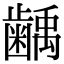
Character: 𮯌